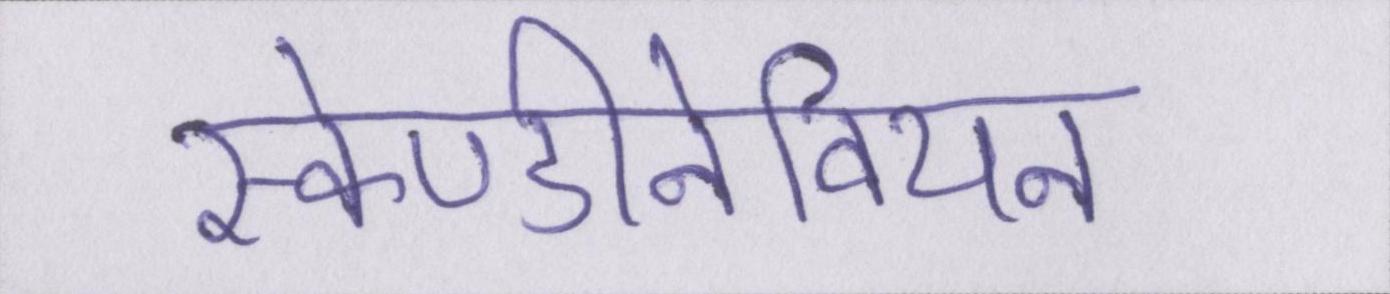
स्केण्डीनेवियन